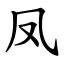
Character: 凤